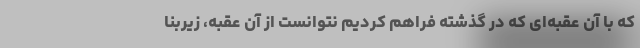
که با آن عقبه‌ای که در گذشته فراهم کردیم نتوانست از آن عقبه، زیربنا